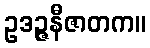
ဥဒဉ္ဇနီဇာတက။